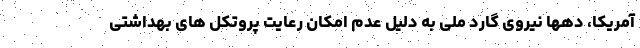
آمریکا، دهها نیروی گارد ملی به دلیل عدم امکان رعایت پروتکل های بهداشتی